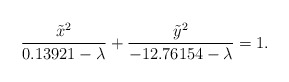
\begin{align*}\frac{\tilde{x}^2}{0.13921-\lambda}+\frac{\tilde{y}^2}{-12.76154-\lambda}=1.\end{align*}